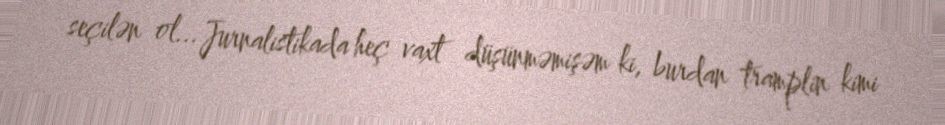
seçilən ol... Jurnalistikada heç vaxt düşünməmişəm ki, burdan tramplin kimi